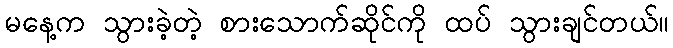
မနေ့က သွားခဲ့တဲ့ စားသောက်ဆိုင်ကို ထပ် သွားချင်တယ်။